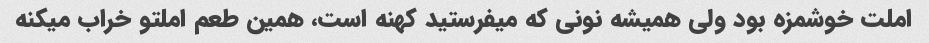
املت خوشمزه بود ولی همیشه نونی که میفرستید کهنه است، همین طعم املتو خراب میکنه